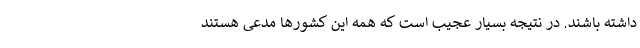
داشته باشند. در نتیجه بسیار عجیب است که همه این کشورها مدعی هستند